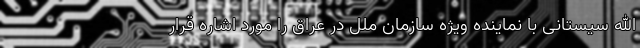
الله سیستانی با نماینده ویژه سازمان ملل در عراق را مورد اشاره قرار